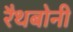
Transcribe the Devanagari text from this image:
रैथबोनी